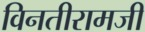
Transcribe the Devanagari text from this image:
विनतीरामजी